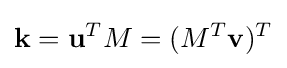
\mathbf {k} =\mathbf {u} ^{T}M=(M^{T}\mathbf {v} )^{T}